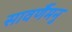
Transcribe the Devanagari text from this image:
सावर्णैमनु